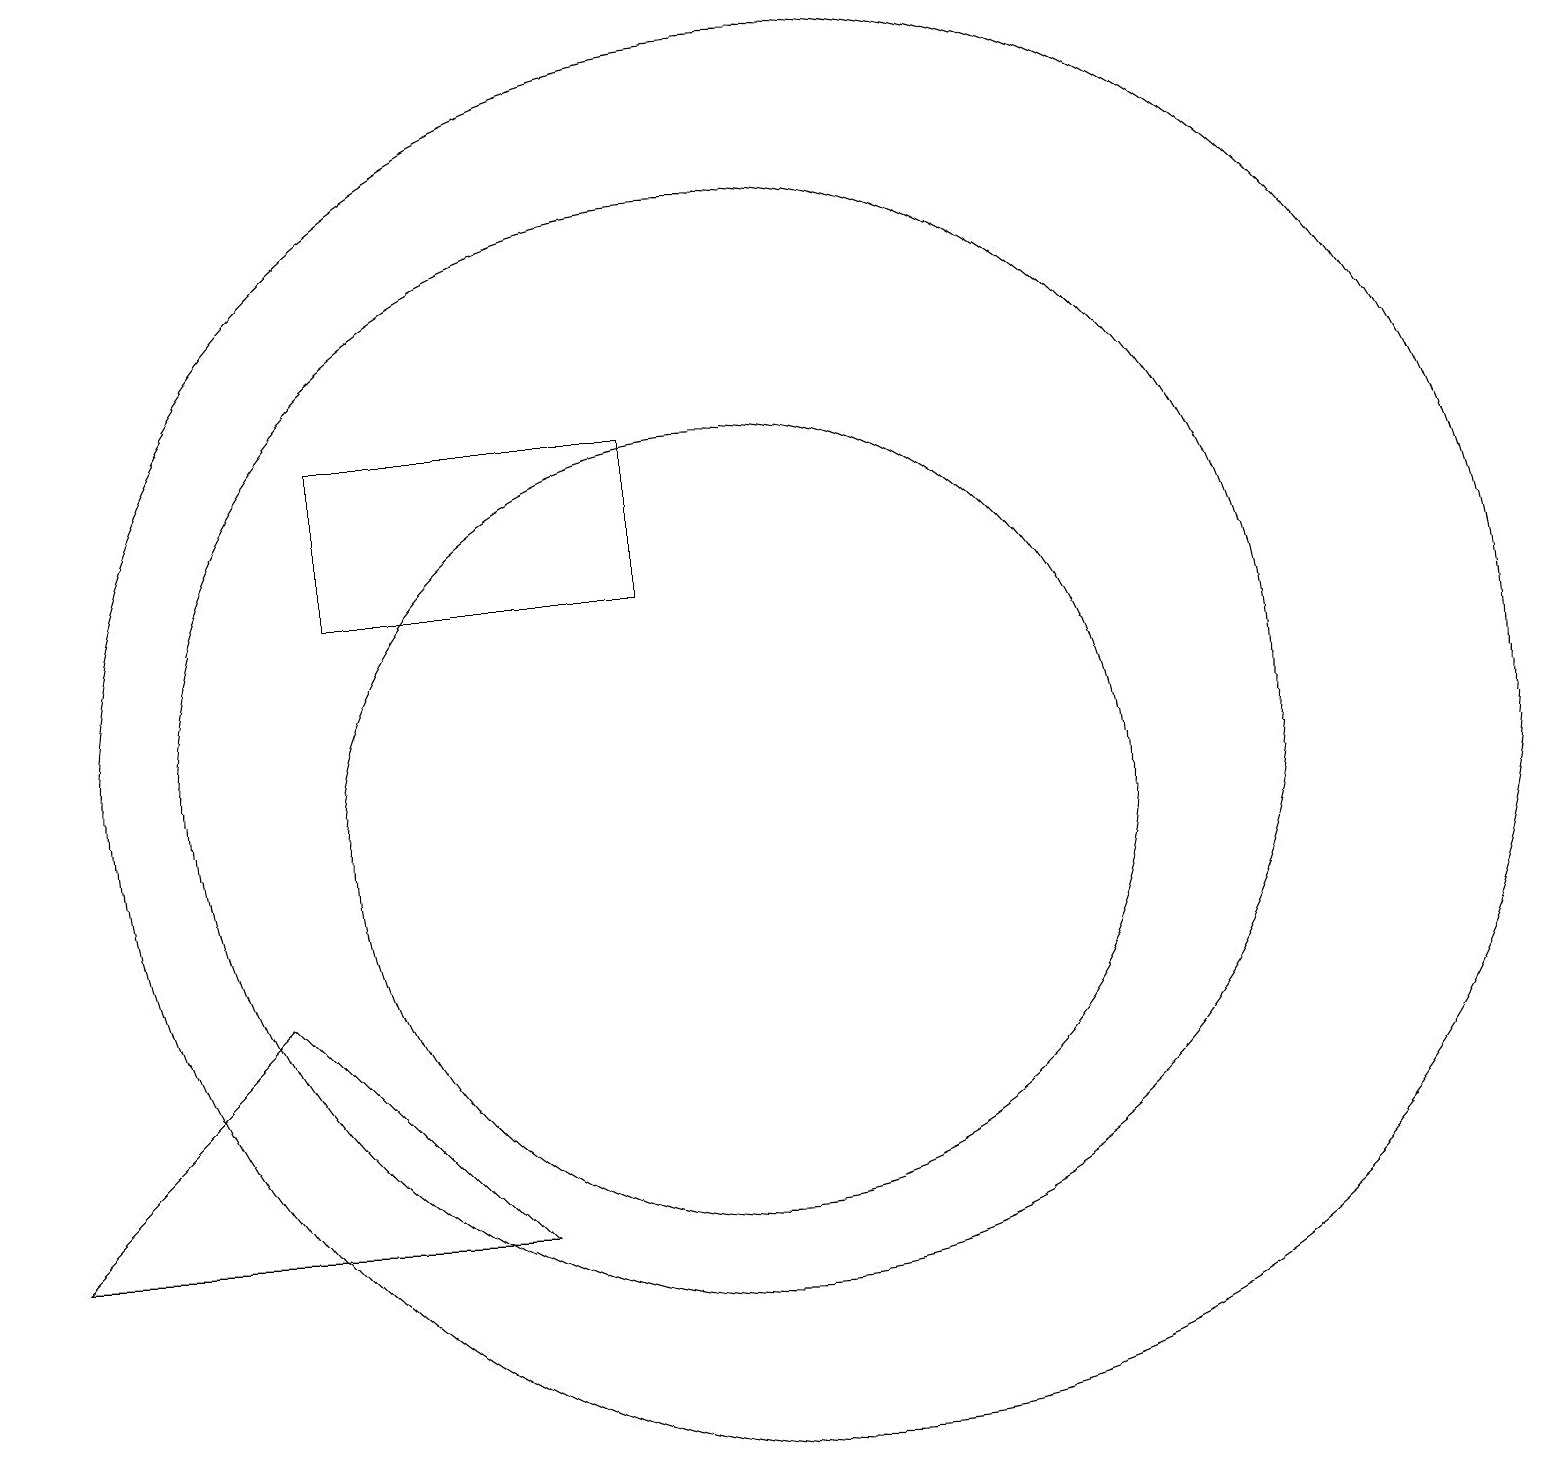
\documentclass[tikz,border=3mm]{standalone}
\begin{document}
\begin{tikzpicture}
\draw (11,11) circle (9);
\draw (10,10) circle (5);
\draw (9,13) rectangle (5,15);
\draw (10,11) circle (7);
\draw (1,5) -- (7,5) -- (4,8) -- cycle;
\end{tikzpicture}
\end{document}